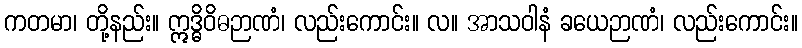
ကတမာ၊ တို့နည်း။ ဣဒ္ဓိဝိဓဉာဏံ၊ လည်းကောင်း။ လ။ အာသဝါနံ ခယေဉာဏံ၊ လည်းကောင်း။